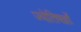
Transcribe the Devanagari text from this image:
ज्योतिषज्ञों